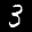
Label: 3